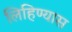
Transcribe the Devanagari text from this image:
लिहिण्‍यास